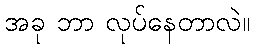
အခု ဘာ လုပ်နေတာလဲ။